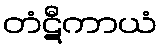
တံဋီကာယံ